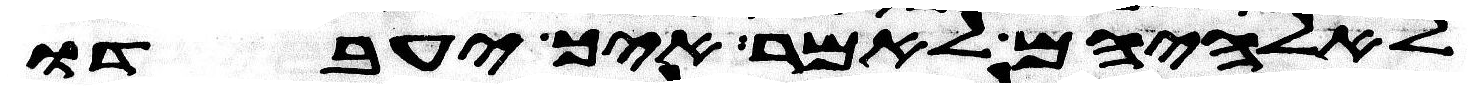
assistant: לאלהיהם לאמר איך יעבדו